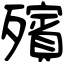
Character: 殯